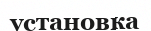
установка